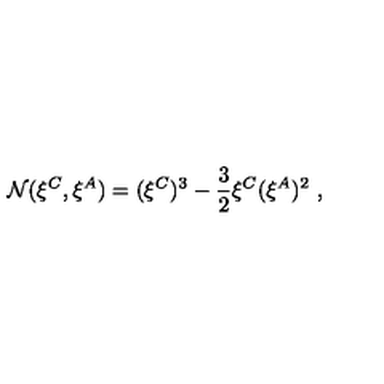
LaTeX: { \cal N } ( \xi ^ { C } , \xi ^ { A } ) = ( \xi ^ { C } ) ^ { 3 } - { \frac { 3 } { 2 } } \xi ^ { C } ( \xi ^ { A } ) ^ { 2 } \ ,